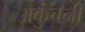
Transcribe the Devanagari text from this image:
अकुंचनी